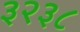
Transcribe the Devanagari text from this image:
३२३८